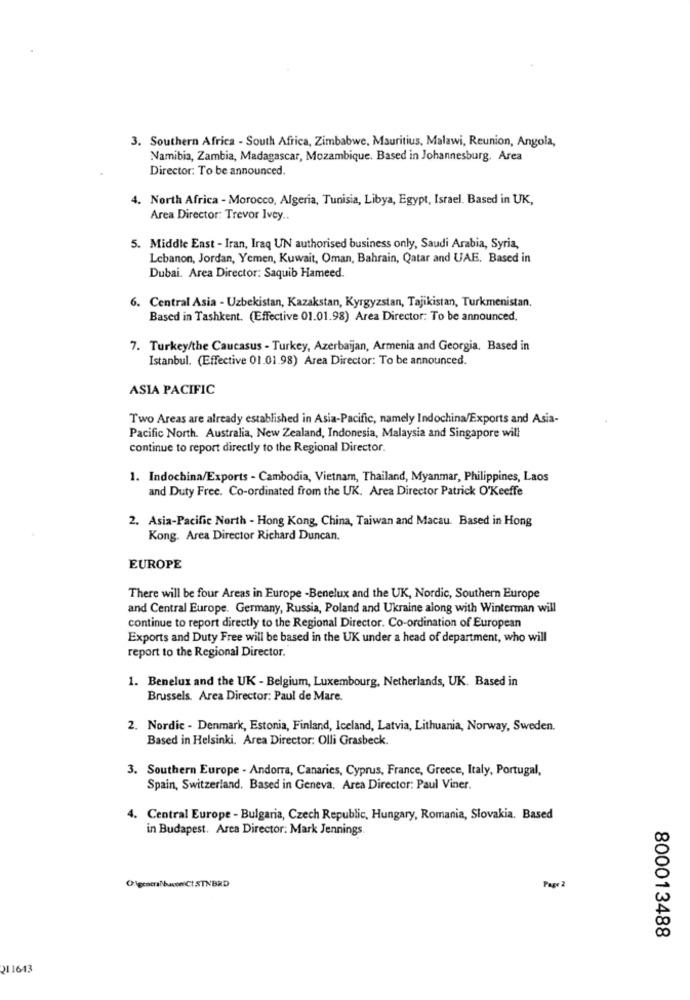
3. Southern Africa - South Africa, Zimbabwe, Mauritius, Malawi, Reunion, Angola,
Namibia, Zambia, Madagascar, Mozambique. Based in Johannesburg. Area
Director: To be announced.
4. North Africa - Morocco, Algeria, Tunisia, Libya, Egypt, Israel. Based in UK,
Area Director: Trevor Ivey ..
5. Middle East - Iran, Iraq UN authorised business only, Saudi Arabia, Syria,
Lebanon, Jordan, Yemen, Kuwait, Oman, Bahrain, Qatar and UAE. Based in
Dubai. Area Director: Saquib Hameed.
6. Central Asia - Uzbekistan, Kazakstan, Kyrgyzstan, Tajikistan, Turkmenistan.
Based in Tashkent. (Effective 01.01.98) Area Director: To be announced.
7. Turkey/the Caucasus - Turkey, Azerbaijan, Armenia and Georgia. Based in
Istanbul. (Effective 01.01.98) Area Director: To be announced.
ASIA PACIFIC
Two Areas are already established in Asia-Pacific, namely Indochina/Exports and Asia-
Pacific North. Australia, New Zealand, Indonesia, Malaysia and Singapore will
continue to report directly to the Regional Director.
1. Indochina/Exports - Cambodia, Vietnam, Thailand, Myanmar, Philippines, Laos
and Duty Free. Co-ordinated from the UK. Area Director Patrick O'Keeffe
2. Asia-Pacific North - Hong Kong, China, Taiwan and Macau. Based in Hong
Kong. Area Director Richard Duncan.
EUROPE
There will be four Areas in Europe -Benelux and the UK, Nordic, Southern Europe
and Central Europe. Germany, Russia, Poland and Ukraine along with Winterman will
continue to report directly to the Regional Director. Co-ordination of European
Exports and Duty Free will be based in the UK under a head of department, who will
report to the Regional Director.
1. Benelux and the UK - Belgium, Luxembourg, Netherlands, UK. Based in
Brussels. Area Director: Paul de Mare.
2. Nordic - Denmark, Estonia, Finland, Iceland, Latvia, Lithuania, Norway, Sweden.
Based in Helsinki. Area Director: Olli Grasbeck.
3. Southern Europe - Andorra, Canaries, Cyprus, France, Greece, Italy, Portugal,
Spain, Switzerland. Based in Geneva. Area Director: Paul Viner.
4. Central Europe - Bulgaria, Czech Republic, Hungary, Romania, Slovakia. Based
in Budapest. Area Director: Mark Jennings
Olgesena buconi CI STNBRD
Page 2
800013488
211643